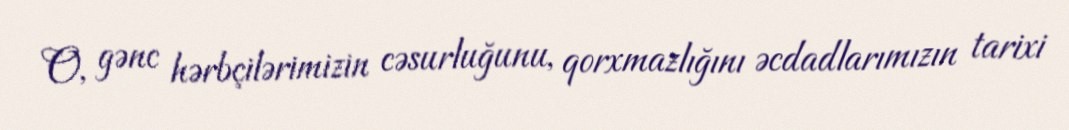
O, gənc hərbçilərimizin cəsurluğunu, qorxmazlığını əcdadlarımızın tarixi